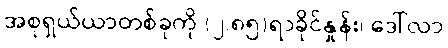
အစုရှယ်ယာတစ်ခုကို (၂.၈၅)ရာခိုင်နှုန်း၊ ဒေါ်လာ